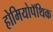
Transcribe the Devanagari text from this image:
होमियोपॅथिक